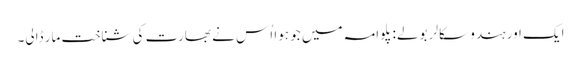
ایک اور ہندو سکالر بولے: پلوامہ میں جو ہوا اُس نے بھارت کی شناخت مار ڈالی۔